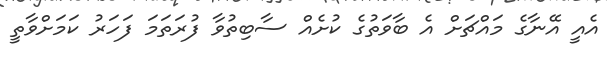
އެއީ އޭނާގެ މައްޗަށް އެ ބާވަތުގެ ކުށެއް ސާބިތުވާ ފުރަތަމަ ފަހަރު ކަމަށްވާތީ